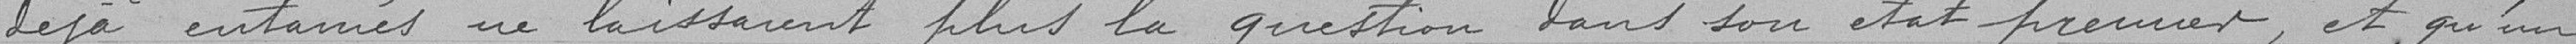
déjà entamés ne laisseraient plus la question dans son état premier, et qu'un